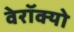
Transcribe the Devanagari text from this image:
वेरॉक्यो